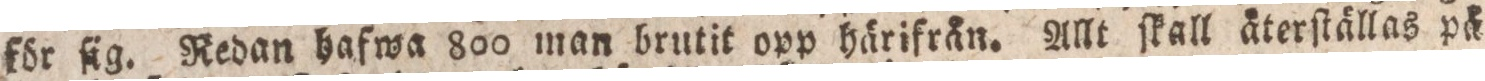
för ſig. Redan hafwa 800 man brutit opp härifrån. Allt ſkall äterſtällas på